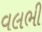
વલભી